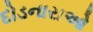
દોડનારાઓ